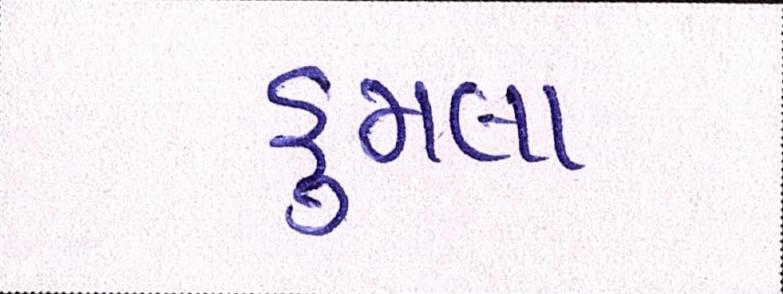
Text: હુમલા